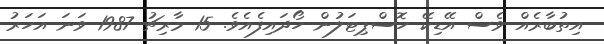
އިތުބާރެއް ވެސް އޭޑިކޭ ހޮސްޕިޓަލުން ހޯދައިފެއެވެ. 15 މާރިޗު 1987 ވަނަ އަހަރު